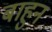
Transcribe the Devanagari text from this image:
बाहुन